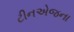
ટીનએજના